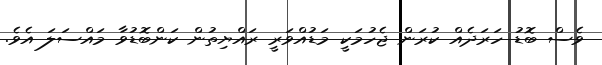
ވެސް ބޮޑު ހަރަދެއް ކުރަން ޖެހުމަކީ މަޑުއްވަރީ ރައްޔިތުން ކަންބޮޑުވާ މައްސަލަ އެވެ.